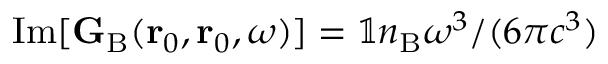
\mathrm { I m } [ { \bf G } _ { \mathrm { B } } ( \mathbf { r } _ { 0 } , \mathbf { r } _ { 0 } , \omega ) ] = { \mathbb { 1 } } n _ { \mathrm { B } } \omega ^ { 3 } / ( 6 \pi c ^ { 3 } )